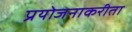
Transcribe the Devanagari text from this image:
प्रयोजनाकरीता